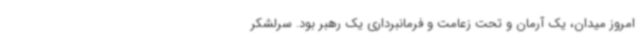
امروز میدان، یک آرمان و تحت زعامت و فرمانبرداری یک رهبر بود. سرلشکر